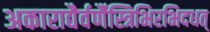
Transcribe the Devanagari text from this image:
अकाराद्यैर्वर्णैस्त्रिभिरभिदधत्